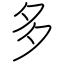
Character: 多